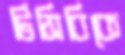
টিসিবিকে